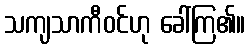
သကျသာကီဝင်ဟု ခေါ်ကြ၏။